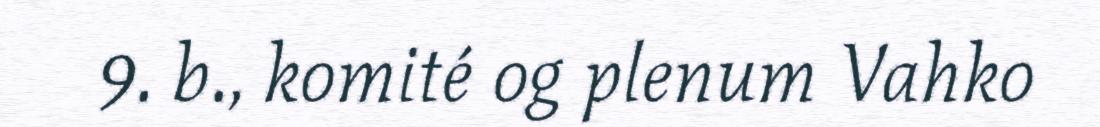
9. b., komité og plenum Vahko